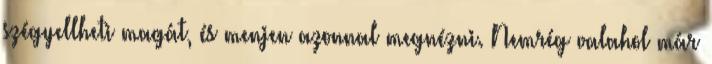
szégyellheti magát, és menjen azonnal megnézni. Nemrég valahol már